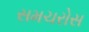
સમચરોસ